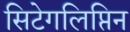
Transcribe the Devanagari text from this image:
सिटेगलिप्तिन